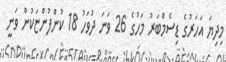
މިދިޔަ އަހަރުގެ ޑިސެމްބަރު މަހުގެ 26 ވަނަ ދުވަހު 18 ކުންފުންޏަކުން ވަނީ